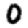
Digit: 0